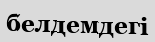
белдемдегі